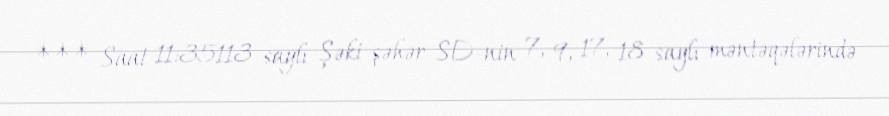
*** Saat 11:35113 saylı Şəki şəhər SD-nin 7, 9, 17, 18 saylı məntəqələrində